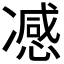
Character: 𭂢